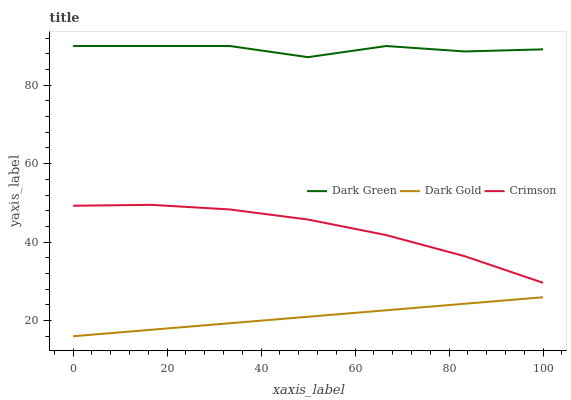
| xaxis_label | Dark Green | Dark Gold | Crimson |
 | --- | --- | --- | --- |
 | 0 | 90 | 16 | 49.3 |
 | 16.7 | 90 | 17.7 | 49.5 |
 | 33.3 | 90 | 19.3 | 48.3 |
 | 50 | 87.2 | 21 | 45.8 |
 | 66.7 | 90 | 22.6 | 41.8 |
 | 83.3 | 88.6 | 24.3 | 36.4 |
 | 100 | 89.2 | 25.9 | 29.6 |